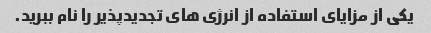
یکی از مزایای استفاده از انرژی های تجدیدپذیر را نام ببرید.